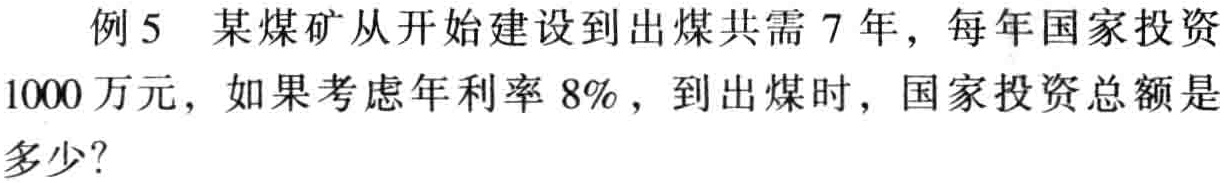
例 5 某煤矿从开始建设到出煤共需 7 年，每年国家投资1000 万元，如果考虑年利率 8%，到出煤时，国家投资总额是多少？